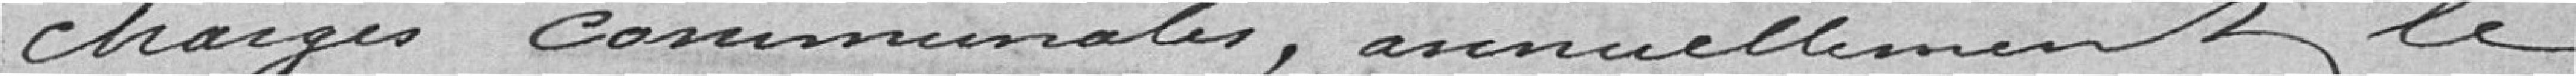
charges communales, annuellement le